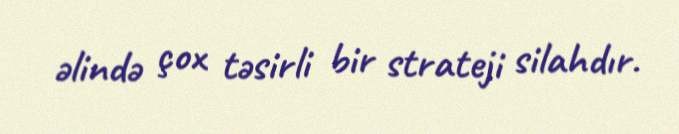
əlində çox təsirli bir strateji silahdır.